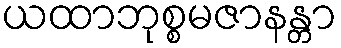
ယထာဘုစ္စမဇာနန္တာ